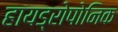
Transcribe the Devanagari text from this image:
हायड्रोपोनिक